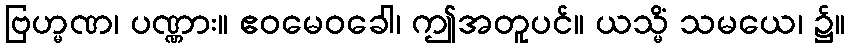
ဗြဟ္မဏ၊ ပဏ္ဏား။ ဧဝမေဝခေါ၊ ဤအတူပင်။ ယသ္မိံ သမယေ၊ ၌။